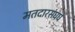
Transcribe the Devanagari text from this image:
मतदारसंघघ